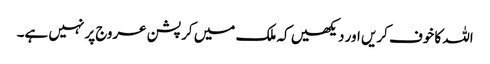
اللہ کا خوف کریں اور دیکھیں کہ ملک میں کرپشن عروج پر نہیں ہے۔